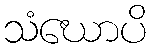
သံဃောပိ